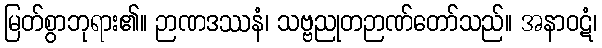
မြတ်စွာဘုရား၏။ ဉာဏဒဿနံ၊ သဗ္ဗညုတဉာဏ်တော်သည်။ အနာဝဋံ၊